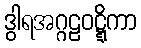
ဒွါရအဂ္ဂဠဝဋ္ဋိကာ